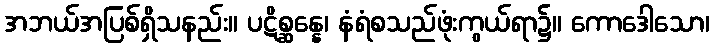
အဘယ်အပြစ်ရှိသနည်း။ ပဋိစ္ဆန္နေ၊ နံရံစသည်ဖုံးကွယ်ရာ၌။ ကောဒေါသော၊